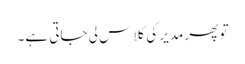
تو پھر مدیر کی کلاس لی جاتی ہے۔